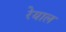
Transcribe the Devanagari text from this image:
रेयाल